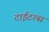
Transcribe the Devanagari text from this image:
टाईटल्स